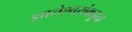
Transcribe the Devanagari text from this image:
ज्ञानेश्वरांकडून